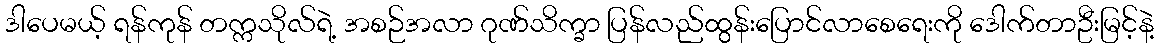
ဒါပေမယ့် ရန်ကုန် တက္ကသိုလ်ရဲ့ အစဉ်အလာ ဂုဏ်သိက္ခာ ပြန်လည်ထွန်းပြောင်လာစေရေးကို ဒေါက်တာဦးမြင့်နဲ့